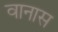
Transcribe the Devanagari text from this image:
वानास